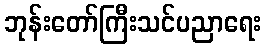
ဘုန်းတော်ကြီးသင်ပညာရေး